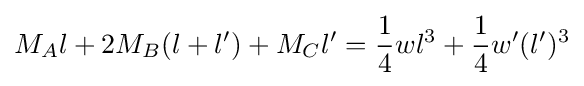
M_{A}l+2M_{B}(l+l')+M_{C}l'={\frac {1}{4}}wl^{3}+{\frac {1}{4}}w'(l')^{3}